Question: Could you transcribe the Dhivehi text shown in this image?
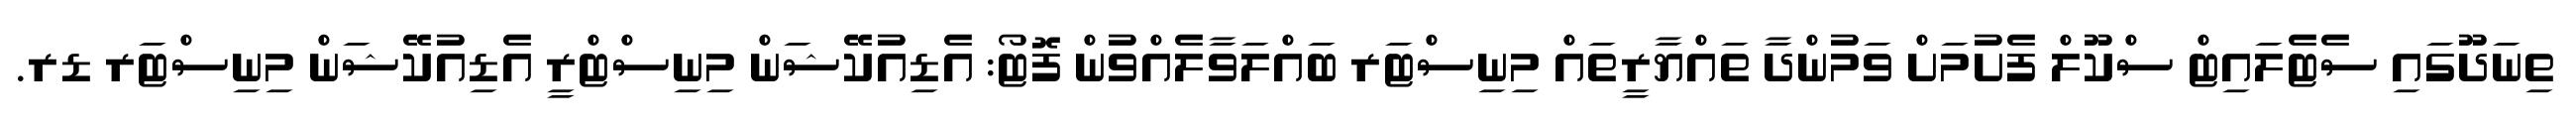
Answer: ތިނަދޫގައި ސެޓެލައިޓް ސްކޫލް ފެށުމަށް ވަމުންދާ ތައްޔާރީތައް މިނިސްޓަރ ބައްލަވާލެއްވުން ފޮޓޯ: އެޑިއުކޭޝަން މިނިސްޓްރީ އެޑިއުކޭޝަން މިނިސްޓަރ ޑރ.